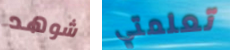
شوهد تعلمتي